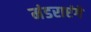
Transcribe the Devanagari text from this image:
मंडराएंगे